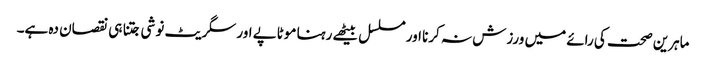
ماہرین صحت کی رائے میں ورزش نہ کرنا اور مسلسل بیٹھے رہنا موٹاپے اور سگریٹ نوشی جتنا ہی نقصان دہ ہے۔